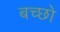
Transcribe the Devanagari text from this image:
बच्छो